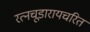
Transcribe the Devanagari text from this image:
रत्नचूडारायचरित